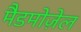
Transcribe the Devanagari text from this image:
मैडमोज़ेल